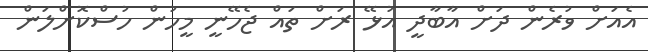
އެއަށް ވުރެން ދަށް އާބާދީ އުޅޭ ރަށް ތައް ޖެހޭނީ މީހުން ހުސްކޮށްލަން